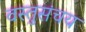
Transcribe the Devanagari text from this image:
वस्तुसंचय